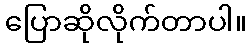
ပြောဆိုလိုက်တာပါ။